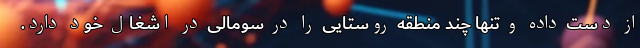
از دست داده و تنها چند منطقه روستایی را در سومالی در اشغال خود دارد.